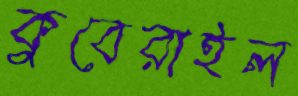
কুবেরাইল